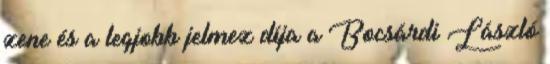
zene és a legjobb jelmez díja a Bocsárdi László